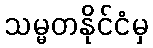
သမ္မတနိုင်ငံမှ